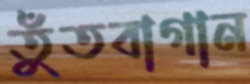
তুঁতবাগান